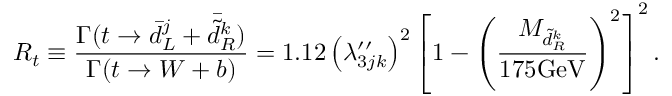
R _ { t } \equiv \frac { \Gamma ( t \rightarrow \bar { d } _ { L } ^ { j } + \bar { \tilde { d } _ { R } ^ { k } } ) } { \Gamma ( t \rightarrow W + b ) } = 1 . 1 2 \left( \lambda _ { 3 j k } ^ { \prime \prime } \right) ^ { 2 } \left[ 1 - \left( \frac { M _ { \tilde { d } _ { R } ^ { k } } } { 1 7 5 \mathrm { G e V } } \right) ^ { 2 } \right] ^ { 2 } .